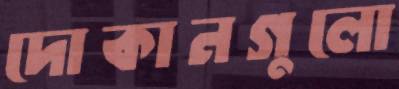
দোকানগুলো